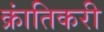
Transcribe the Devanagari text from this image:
क्रांतिकरी